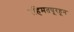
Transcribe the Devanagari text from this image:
रहिमतपूरहून